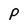
Character: P